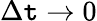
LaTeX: \Delta\mathtt{t}\to0